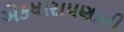
એકધારાપણાની